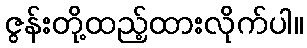
ဇွန်းတို့ထည့်ထားလိုက်ပါ။